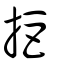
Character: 拒